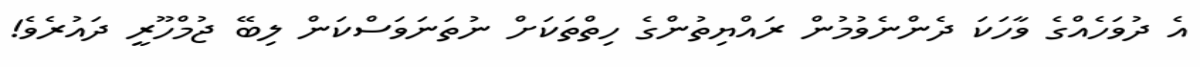
އެ ދުވަހެއްގެ ވާހަކަ ދެންނެވުމުން ރައްޔިތުންގެ ހިތްތަކަށް ނުތަނަވަސްކަން ލިބޭ ޖުމްހޫރީ ދައުރެވެ!